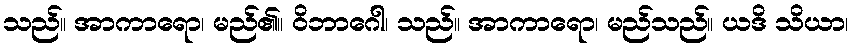
သည်။ အာကာရော၊ မည်၏။ ဝိဘာဂေါ၊ သည်။ အာကာရော၊ မည်သည်။ ယဒိ သိယာ၊